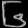
Digit: ၆